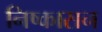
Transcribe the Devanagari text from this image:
निष्‍कासन